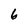
Character: 6